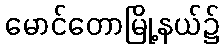
မောင်တောမြို့နယ်၌